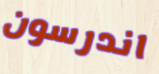
اندرسون